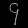
Digit: ၄